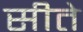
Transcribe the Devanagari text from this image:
सीते